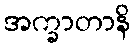
အက္ခာတာနိ